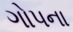
ગોપના